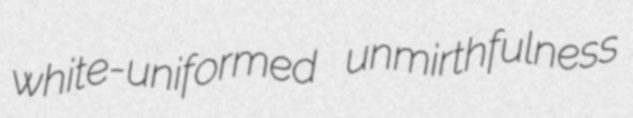
white-uniformed unmirthfulness